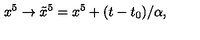
x ^ { 5 } \to \tilde { x } ^ { 5 } = x ^ { 5 } + ( t - t _ { 0 } ) / \alpha ,